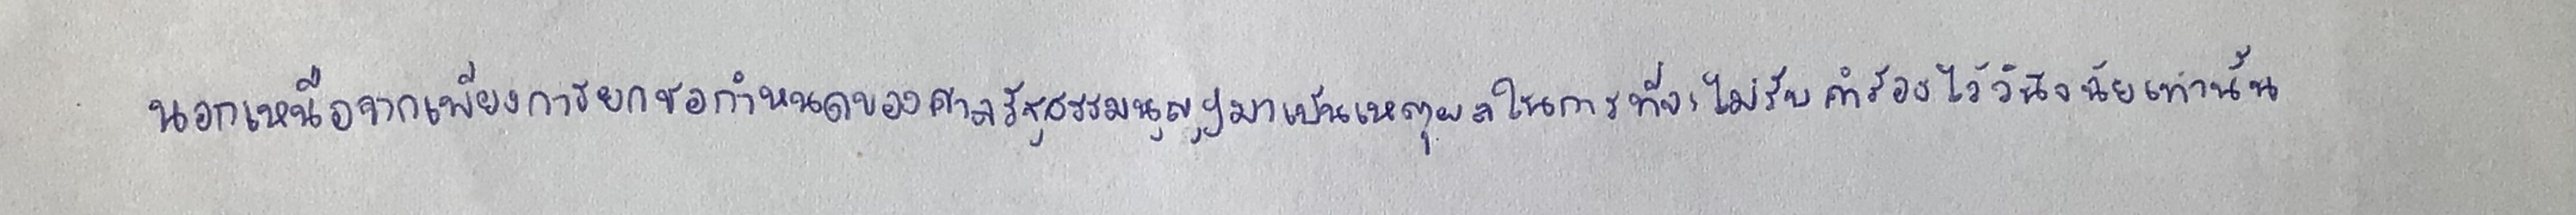
นอกเหนือจากเพียงการยกข้อกำหนดของศาลรัฐธรรมนูญฯมาเป็นเหตุผลในการที่จะไม่รับคำร้องไว้วินิจฉัยเท่านั้น